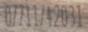
07711742031